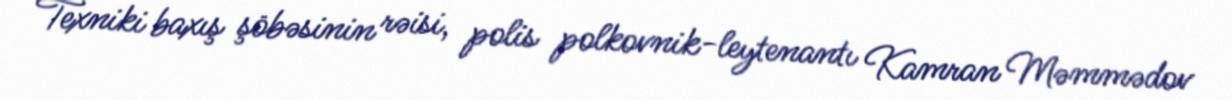
Texniki baxış şöbəsinin rəisi, polis polkovnik-leytenantı Kamran Məmmədov